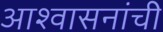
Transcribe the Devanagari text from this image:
आश्वासनांची